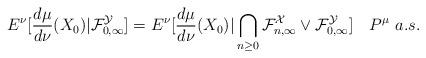
LaTeX: \begin{align*}E^{\nu}[\frac{d\mu}{d\nu}(X_{0})|\mathcal{F}^{\mathcal{Y}}_{0,\infty}]=E^{\nu}[\frac{d\mu}{d\nu}(X_{0})|\bigcap_{n \geq 0}\mathcal{F}^{\mathcal{X}}_{n,\infty} \vee \mathcal{F}^{\mathcal{Y}}_{0,\infty}]~~~P^{\mu}~a.s.\end{align*}